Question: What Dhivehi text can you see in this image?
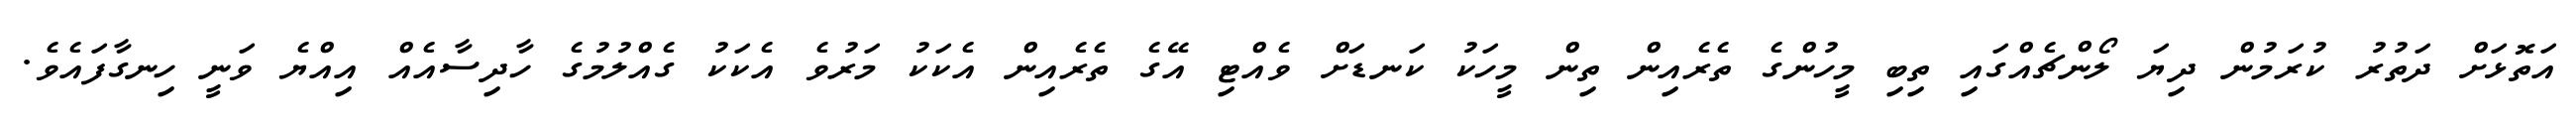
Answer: އަތޮޅަށް ދަތުރު ކުރަމުން ދިޔަ ލޯންޗެއްގައި ތިބި މީހުންގެ ތެރެއިން ތިން މީހަކު ކަނޑަށް ވެއްޓި އޭގެ ތެރެއިން އެކަކު މަރުވެ އެކަކު ގެއްލުމުގެ ހާދިސާއެއް އިއްޔެ ވަނީ ހިނގާފައެވެ.